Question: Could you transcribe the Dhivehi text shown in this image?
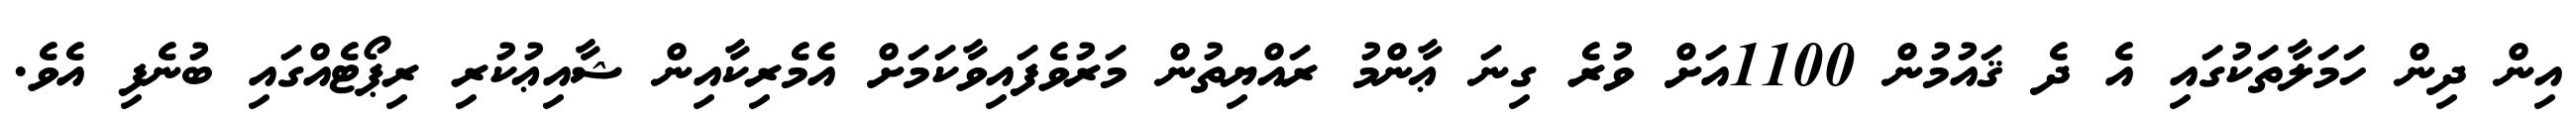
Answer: އިން ދިން ހަމަލާތަކުގައި އެ ދެ ޤައުމުން 1100އަށް ވުރެ ގިނަ ޢާންމު ރައްޔިތުން މަރުވެފައިވާކަމަށް އެމެރިކާއިން ޝާއިޢުކުރި ރިޕޯޓެއްގައި ބުނެފި އެވެ.